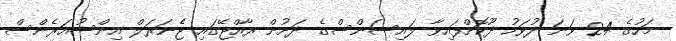
މަހުގެ 24 ވަނަ ދުވަހު ދޫކޮށްފައިވާ ލައިސަންސްގެ ދަށުން ރާއްޖޭގައި ޖެެނަރަލް އިންޝުއަރެންސް